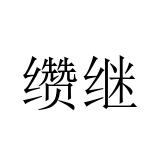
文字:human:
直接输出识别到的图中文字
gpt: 缵继